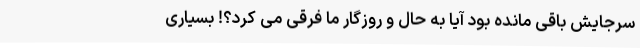
سرجایش باقی مانده بود آیا به حال و روزگار ما فرقی می کرد؟! بسیاری